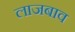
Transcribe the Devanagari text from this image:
लाजबाव